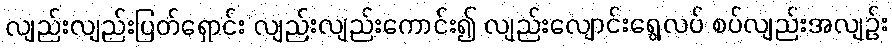
လျည်းလျည်းပြတ်ရှောင်း လျည်းလျည်းကောင်း၍ လျည်းလျောင်းရွေ့လပ် စပ်လျည်းအလျဉ်း